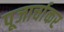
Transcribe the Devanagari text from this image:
पूजार्चाकर